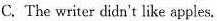
C. The writer didn't like apples.